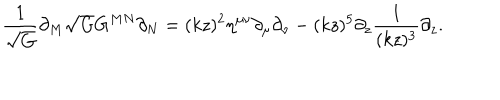
LaTeX: \frac { 1 } { \sqrt { G } } \partial _ { M } \sqrt { G } G ^ { M N } \partial _ { N } = ( k z ) ^ { 2 } \eta ^ { \mu \nu } \partial _ { \mu } \partial _ { \nu } - ( k z ) ^ { 5 } \partial _ { z } \frac { 1 } { ( k z ) ^ { 3 } } \partial _ { z } .